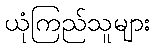
ယုံကြည်သူများ